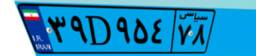
۳۷D۴۲۲۹۱